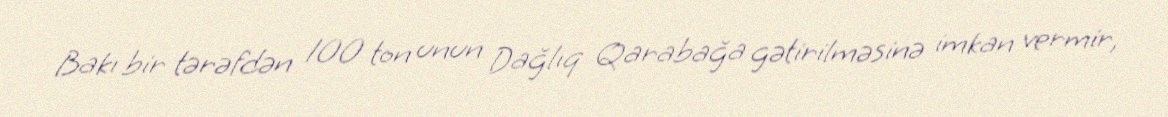
Bakı bir tərəfdən 100 ton unun Dağlıq Qarabağa gətirilməsinə imkan vermir,